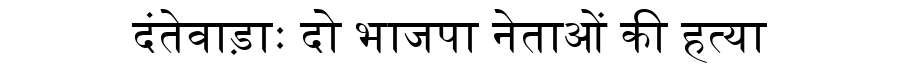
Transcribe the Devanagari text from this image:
दंतेवाड़ाः दो भाजपा नेताओं की हत्या